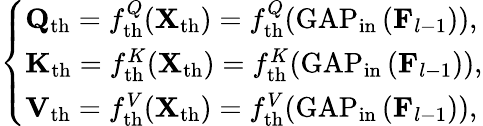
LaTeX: \left\{ \begin{array}{ll}{\mathbf{Q}_{\mathrm{th}}=f_{\mathrm{th}}^{Q}(\mathbf{X}_{\mathrm{th}})=f_{\mathrm{th}}^{Q}(\operatorname{GAP}_{\mathrm{in}}\left(\mathbf{F}_{l-1}\right)),}\\ {\mathbf{K}_{\mathrm{th}}=f_{\mathrm{th}}^{K}(\mathbf{X}_{\mathrm{th}})=f_{\mathrm{th}}^{K}(\operatorname{GAP}_{\mathrm{in}}\left(\mathbf{F}_{l-1}\right)),}\\ {\mathbf{V}_{\mathrm{th}}=f_{\mathrm{th}}^{V}(\mathbf{X}_{\mathrm{th}})=f_{\mathrm{th}}^{V}(\operatorname{GAP}_{\mathrm{in}}\left(\mathbf{F}_{l-1}\right)),}\end{array}\right.